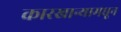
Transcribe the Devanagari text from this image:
कारखान्यामधून